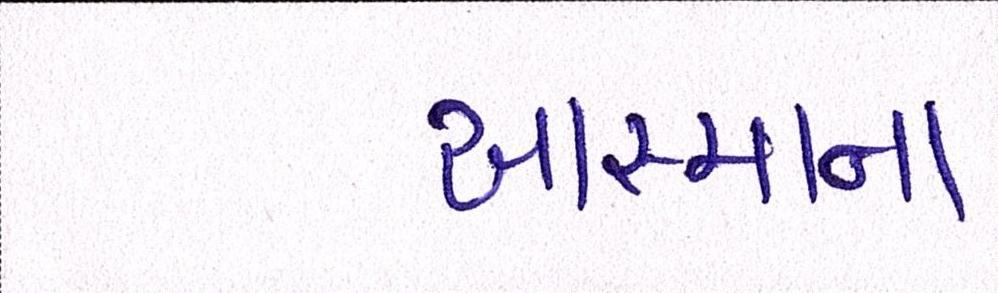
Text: આસ્માના